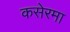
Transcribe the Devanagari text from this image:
कसेरमा